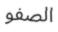
الصفو